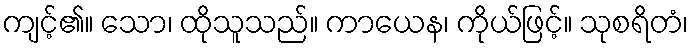
ကျင့်၏။ သော၊ ထိုသူသည်။ ကာယေန၊ ကိုယ်ဖြင့်။ သုစရိတံ၊